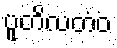
ပူတိလတံဝ